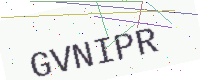
Text: GVNIPR